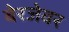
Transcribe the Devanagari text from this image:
बेरजेवर